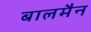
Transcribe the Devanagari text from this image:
बालमैन